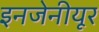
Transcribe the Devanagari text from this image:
इनजेनीयूर